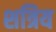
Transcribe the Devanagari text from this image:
शत्रिय